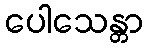
ပေါသေန္တာ